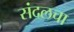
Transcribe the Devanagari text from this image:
संदलचा